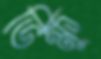
ভিক্ষু